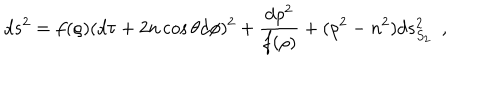
LaTeX: d s ^ { 2 } = f ( \rho ) ( d \tau + 2 n \cos \theta d \phi ) ^ { 2 } + { \frac { d \rho ^ { 2 } } { f ( \rho ) } } + ( \rho ^ { 2 } - n ^ { 2 } ) d s _ { S _ { 2 } } ^ { 2 } ~ ~ ,